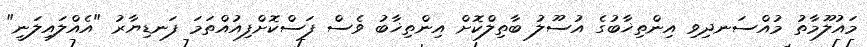
މައުލޫމާތު މުއްސަނދިވި އިންތިޚާބުގެ އުސޫލު ބާތިލްކޮށް އިންތިޚާބު ވެސް ފަސްކޮށްފިއުއްތަމަ ފަނޑިޔާރު "އެއްލައިލަނީ"